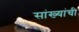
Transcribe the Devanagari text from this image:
सांख्यांची